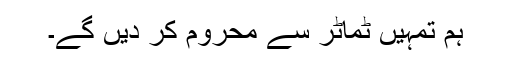
ہم تمہیں ٹماٹر سے محروم کر دیں گے۔